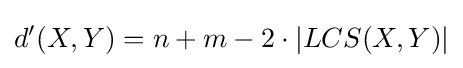
d'(X,Y)=n+m-2\cdot \left|LCS(X,Y)\right|